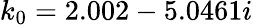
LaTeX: k_{0}=2.002-5.0461i